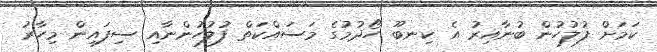
ކަމަށް ފުލުހުން ބުނާއިރު އެ ކިނބޫ ހޯދުމުގެ މަސައްކަތް ފުލުހުންނާއި ސިފައިން މިހާރު